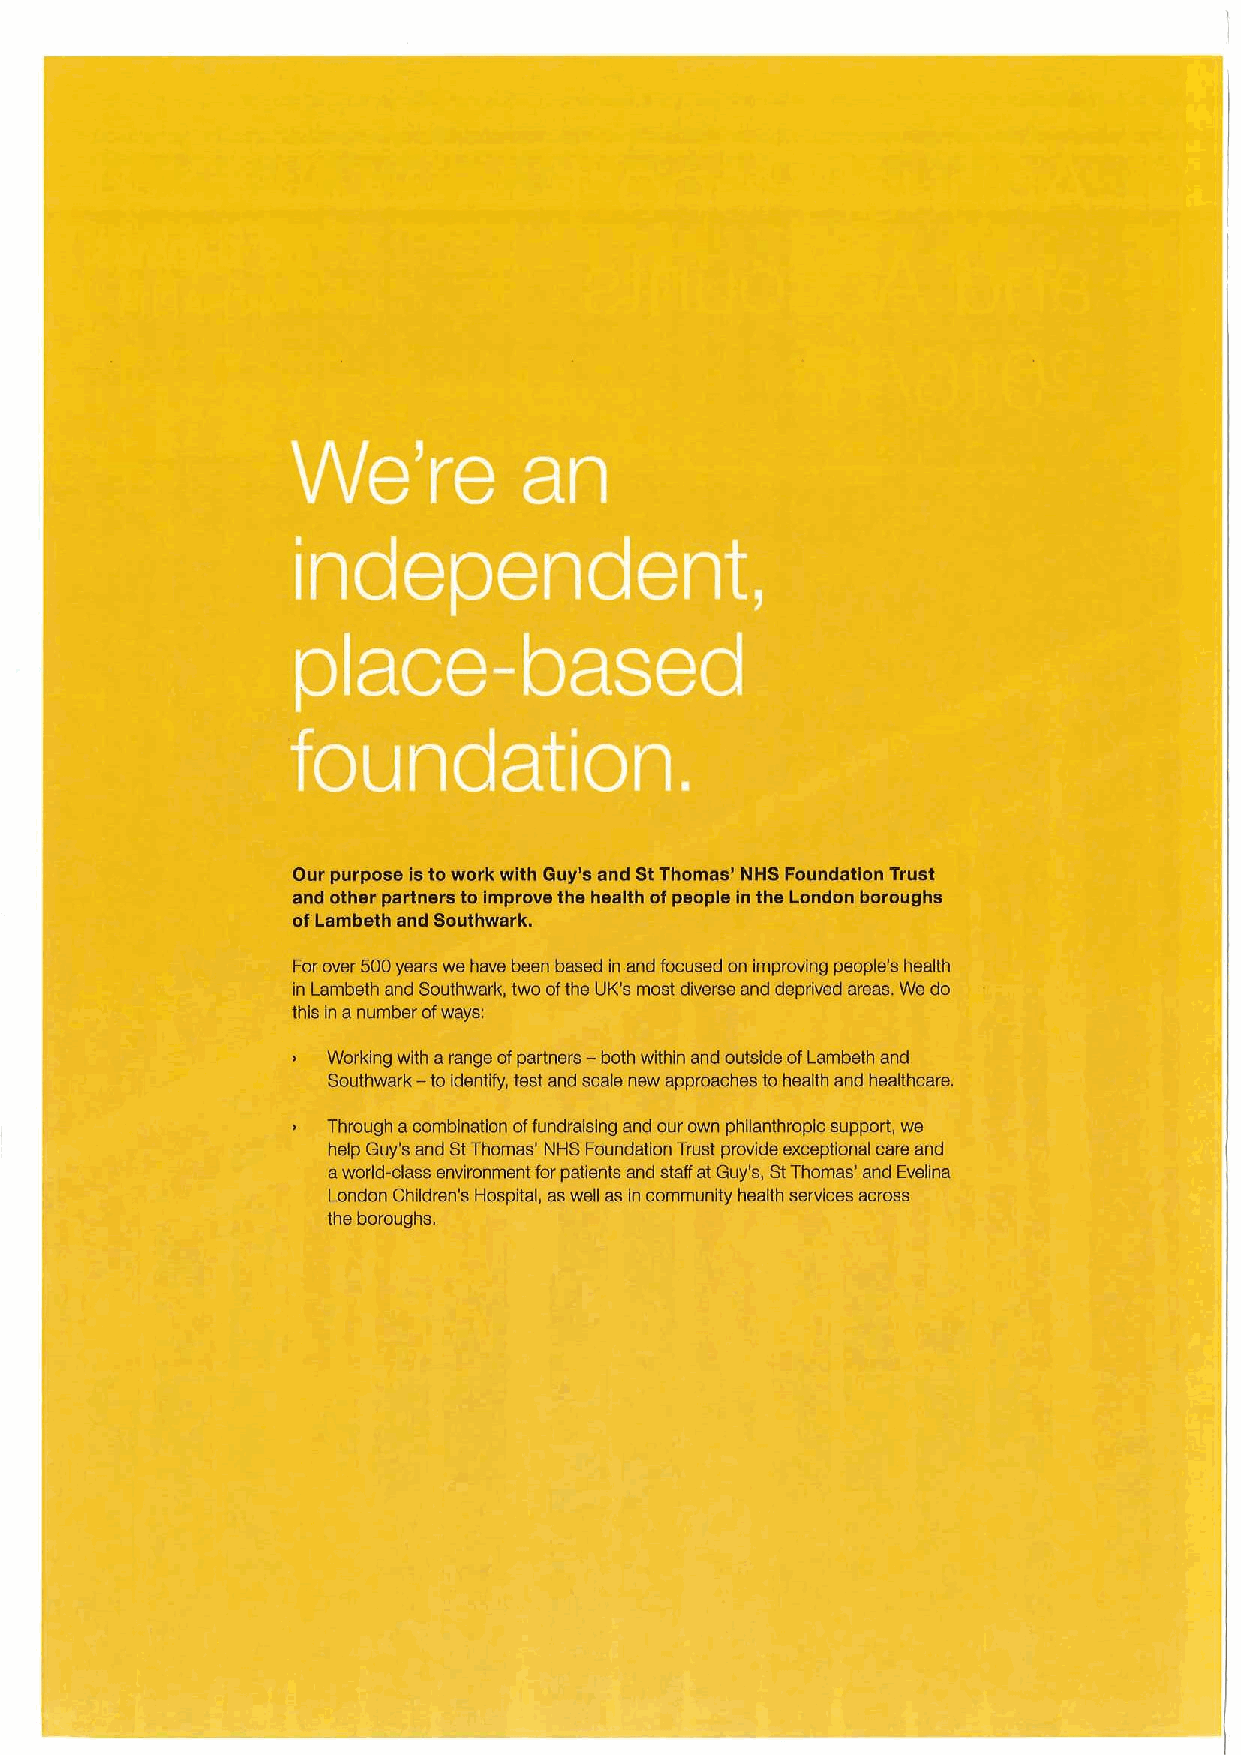
,1
 14
 ;:rf
 1
 LT
 ig
 'r